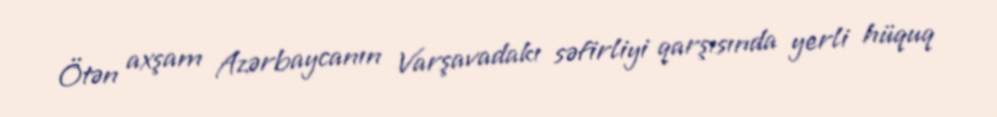
Ötən axşam Azərbaycanın Varşavadakı səfirliyi qarşısında yerli hüquq